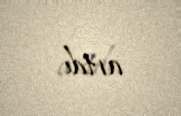
artdı.